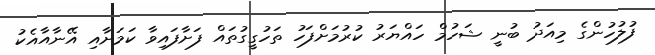
ފުލުހުންގެ މިއަދު ބުނީ ޝަހުމް ހައްޔަރު ކުރުމަށްފަހު ތަހުގީގުތައް ފަށާފައިވާ ކަމަށާއި އޭނާއާއެކު